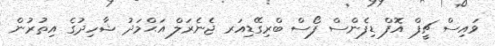
ވައިސް ޗީފް އޮފް ޑިފެންސް ފޯސް ބްރިގޭޑިއަރ ޖެނެރަލް އަޙްމަދު ޝާހިދުގެ އިތުރުން